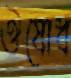
ঔষোধ